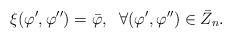
LaTeX: \begin{align*}\footnotesize\xi(\varphi ', \varphi '')=\bar{\varphi}, ~~\forall (\varphi ', \varphi '') \in \bar{Z}_n.\end{align*}